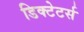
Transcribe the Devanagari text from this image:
डिक्टेटर्स